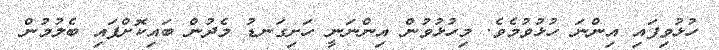
ހުޅުވިފައި އިންނަ ހުޅުވުމެވެ. މިހުޅުވުން އިންނަނީ ހަށިގަނޑު މެދުން ބައިކޮށްފައި ބެލުމުން